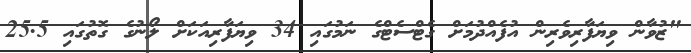
"ޒުވާން ވިޔަފާރިވެރިން އުފެއްދުމަށް ގެޓްސެޓްގެ ނަމުގައި 34 ވިޔަފާރިއަކަށް ލޯނުގެ ގޮތުގައި 25.5